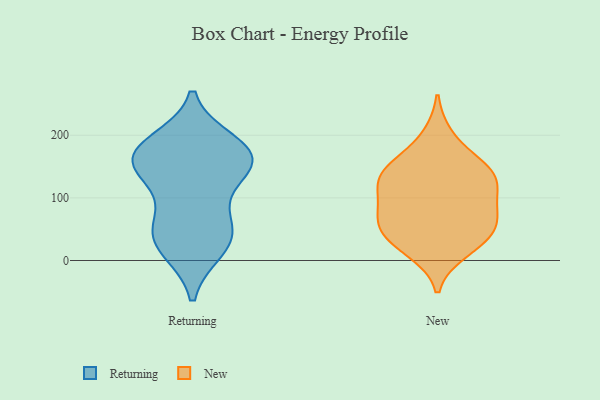
{"axis": {"x": "Website Visitors", "y": "Value"}, "legend": ["New", "Returning"], "data": [{"x": "", "y": 47, "type": "Returning"}, {"x": "", "y": 120, "type": "Returning"}, {"x": "", "y": 153, "type": "Returning"}, {"x": "", "y": 49, "type": "Returning"}, {"x": "", "y": 61, "type": "Returning"}, {"x": "", "y": 177, "type": "Returning"}, {"x": "", "y": 188, "type": "Returning"}, {"x": "", "y": 151, "type": "Returning"}, {"x": "", "y": 158, "type": "Returning"}, {"x": "", "y": 18, "type": "Returning"}, {"x": "", "y": 176, "type": "Returning"}, {"x": "", "y": 162, "type": "Returning"}, {"x": "", "y": 21, "type": "Returning"}, {"x": "", "y": 70, "type": "New"}, {"x": "", "y": 198, "type": "New"}, {"x": "", "y": 77, "type": "New"}, {"x": "", "y": 54, "type": "New"}, {"x": "", "y": 34, "type": "New"}, {"x": "", "y": 56, "type": "New"}, {"x": "", "y": 29, "type": "New"}, {"x": "", "y": 15, "type": "New"}, {"x": "", "y": 90, "type": "New"}, {"x": "", "y": 149, "type": "New"}, {"x": "", "y": 126, "type": "New"}, {"x": "", "y": 118, "type": "New"}, {"x": "", "y": 143, "type": "New"}, {"x": "", "y": 125, "type": "New"}, {"x": "", "y": 151, "type": "New"}]}